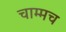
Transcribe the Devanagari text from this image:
चाम्मच